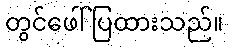
တွင်ဖေါ်ပြထားသည်။